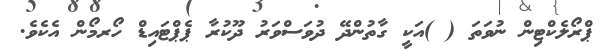
ޕްރޯލެކްޓިން ނުވަތަ ( )އަކީ ގާތުންދޭ ދުވަސްވަރު ދޫކުރާ ޕެޕްޓައިޑް ހޯރމޯން އެކެވެ.